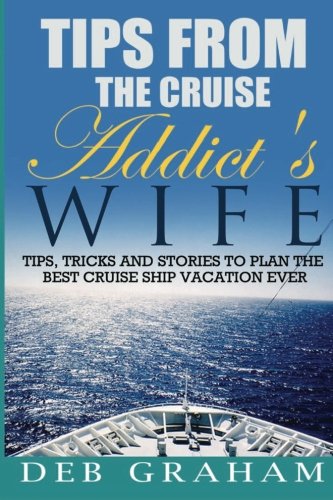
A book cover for Tips From The Cruise Addict's Wife: Tips and Tricks to Plan the Best Cruise Vacation Ever!; Deb Graham; Travel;